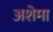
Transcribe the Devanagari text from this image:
अशेमा